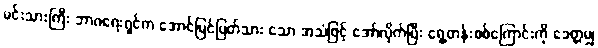
မင်းသားကြီး ဘာဂရေးရှင်က အောင်မြင်ပြတ်သား သော အသံဖြင့် အော်လိုက်ပြီး ရှေ့တန်းစစ်ကြောင်းကို ခေတ္တမျှ